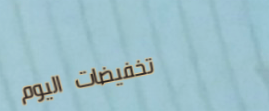
تخفيضات اليوم